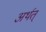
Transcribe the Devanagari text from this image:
अर्थत्